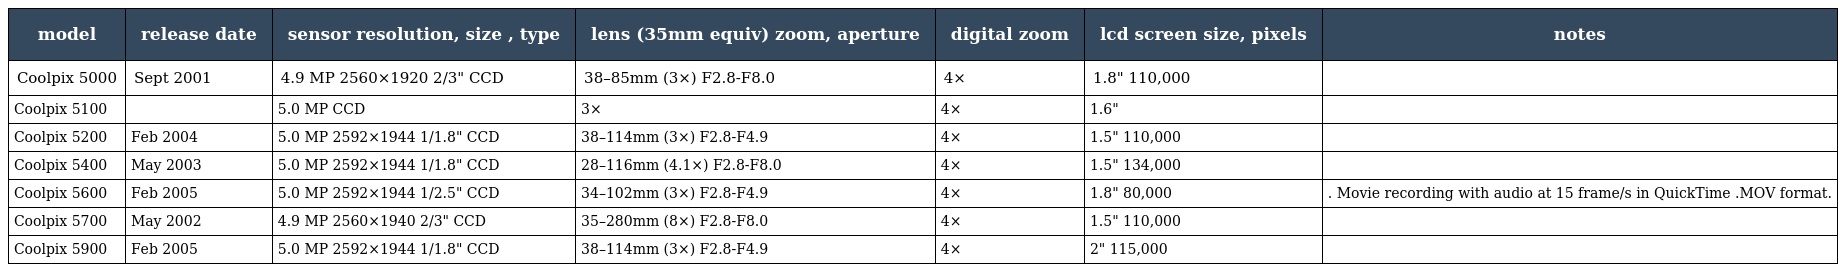
| model | release date | sensor resolution, size , type | lens (35mm equiv) zoom, aperture | digital zoom | lcd screen size, pixels | notes |
 | --- | --- | --- | --- | --- | --- | --- |
 | Coolpix 5000 | Sept 2001 | 4.9 MP 2560×1920 2/3" CCD | 38–85mm (3×) F2.8-F8.0 | 4× | 1.8" 110,000 |  |
 | Coolpix 5100 |  | 5.0 MP CCD | 3× | 4× | 1.6" |  |
 | Coolpix 5200 | Feb 2004 | 5.0 MP 2592×1944 1/1.8" CCD | 38–114mm (3×) F2.8-F4.9 | 4× | 1.5" 110,000 |  |
 | Coolpix 5400 | May 2003 | 5.0 MP 2592×1944 1/1.8" CCD | 28–116mm (4.1×) F2.8-F8.0 | 4× | 1.5" 134,000 |  |
 | Coolpix 5600 | Feb 2005 | 5.0 MP 2592×1944 1/2.5" CCD | 34–102mm (3×) F2.8-F4.9 | 4× | 1.8" 80,000 | . Movie recording with audio at 15 frame/s in QuickTime .MOV format. |
 | Coolpix 5700 | May 2002 | 4.9 MP 2560×1940 2/3" CCD | 35–280mm (8×) F2.8-F8.0 | 4× | 1.5" 110,000 |  |
 | Coolpix 5900 | Feb 2005 | 5.0 MP 2592×1944 1/1.8" CCD | 38–114mm (3×) F2.8-F4.9 | 4× | 2" 115,000 |  |